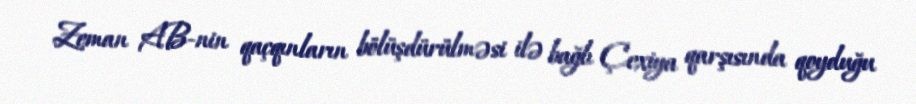
Zeman AB-nin qaçqınların bölüşdürülməsi ilə bağlı Çexiya qarşısında qoyduğu